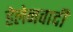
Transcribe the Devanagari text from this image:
हेलेनवादी